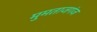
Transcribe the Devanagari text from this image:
मुमताजगंज